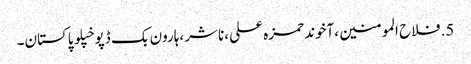
5.	فلاح المومنین ،آخوند حمزہ علی ،ناشر ،ہارون بک ڈپو خپلو پاکستان۔